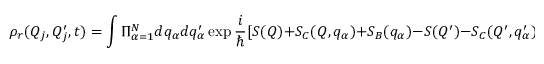
\rho _ { r } ( Q _ { j } , Q _ { j } ^ { \prime } , t ) = \int \Pi _ { \alpha = 1 } ^ { N } d q _ { \alpha } d q _ { \alpha } ^ { \prime } \exp \frac { i } { \hbar } [ S ( Q ) + S _ { C } ( Q , q _ { \alpha } ) + S _ { B } ( q _ { \alpha } ) - S ( Q ^ { \prime } ) - S _ { C } ( Q ^ { \prime } , q _ { \alpha } ^ { \prime } ) - S _ { B } ( q _ { \alpha } ^ { \prime } ) ] .